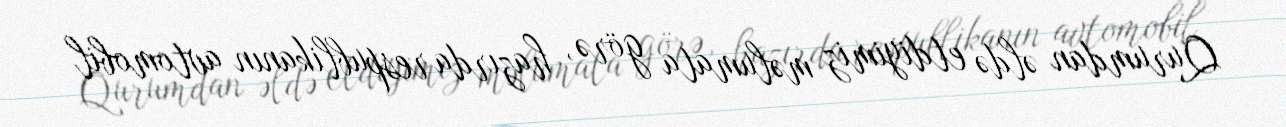
Qurumdan əldə etdiyimiz məlumata görə, hazırda respublikanın avtomobil